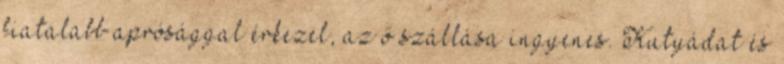
fiatalabb aprósággal érkezel, az ő szállása ingyenes. Kutyádat és